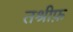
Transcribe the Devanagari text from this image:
तश्रीफ़